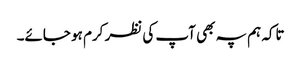
تاکہ ہم پہ بھی آپ کی نظر کرم ہو جائے۔